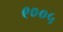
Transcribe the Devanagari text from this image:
९००५